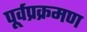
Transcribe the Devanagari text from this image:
पूर्वप्रक्रमण